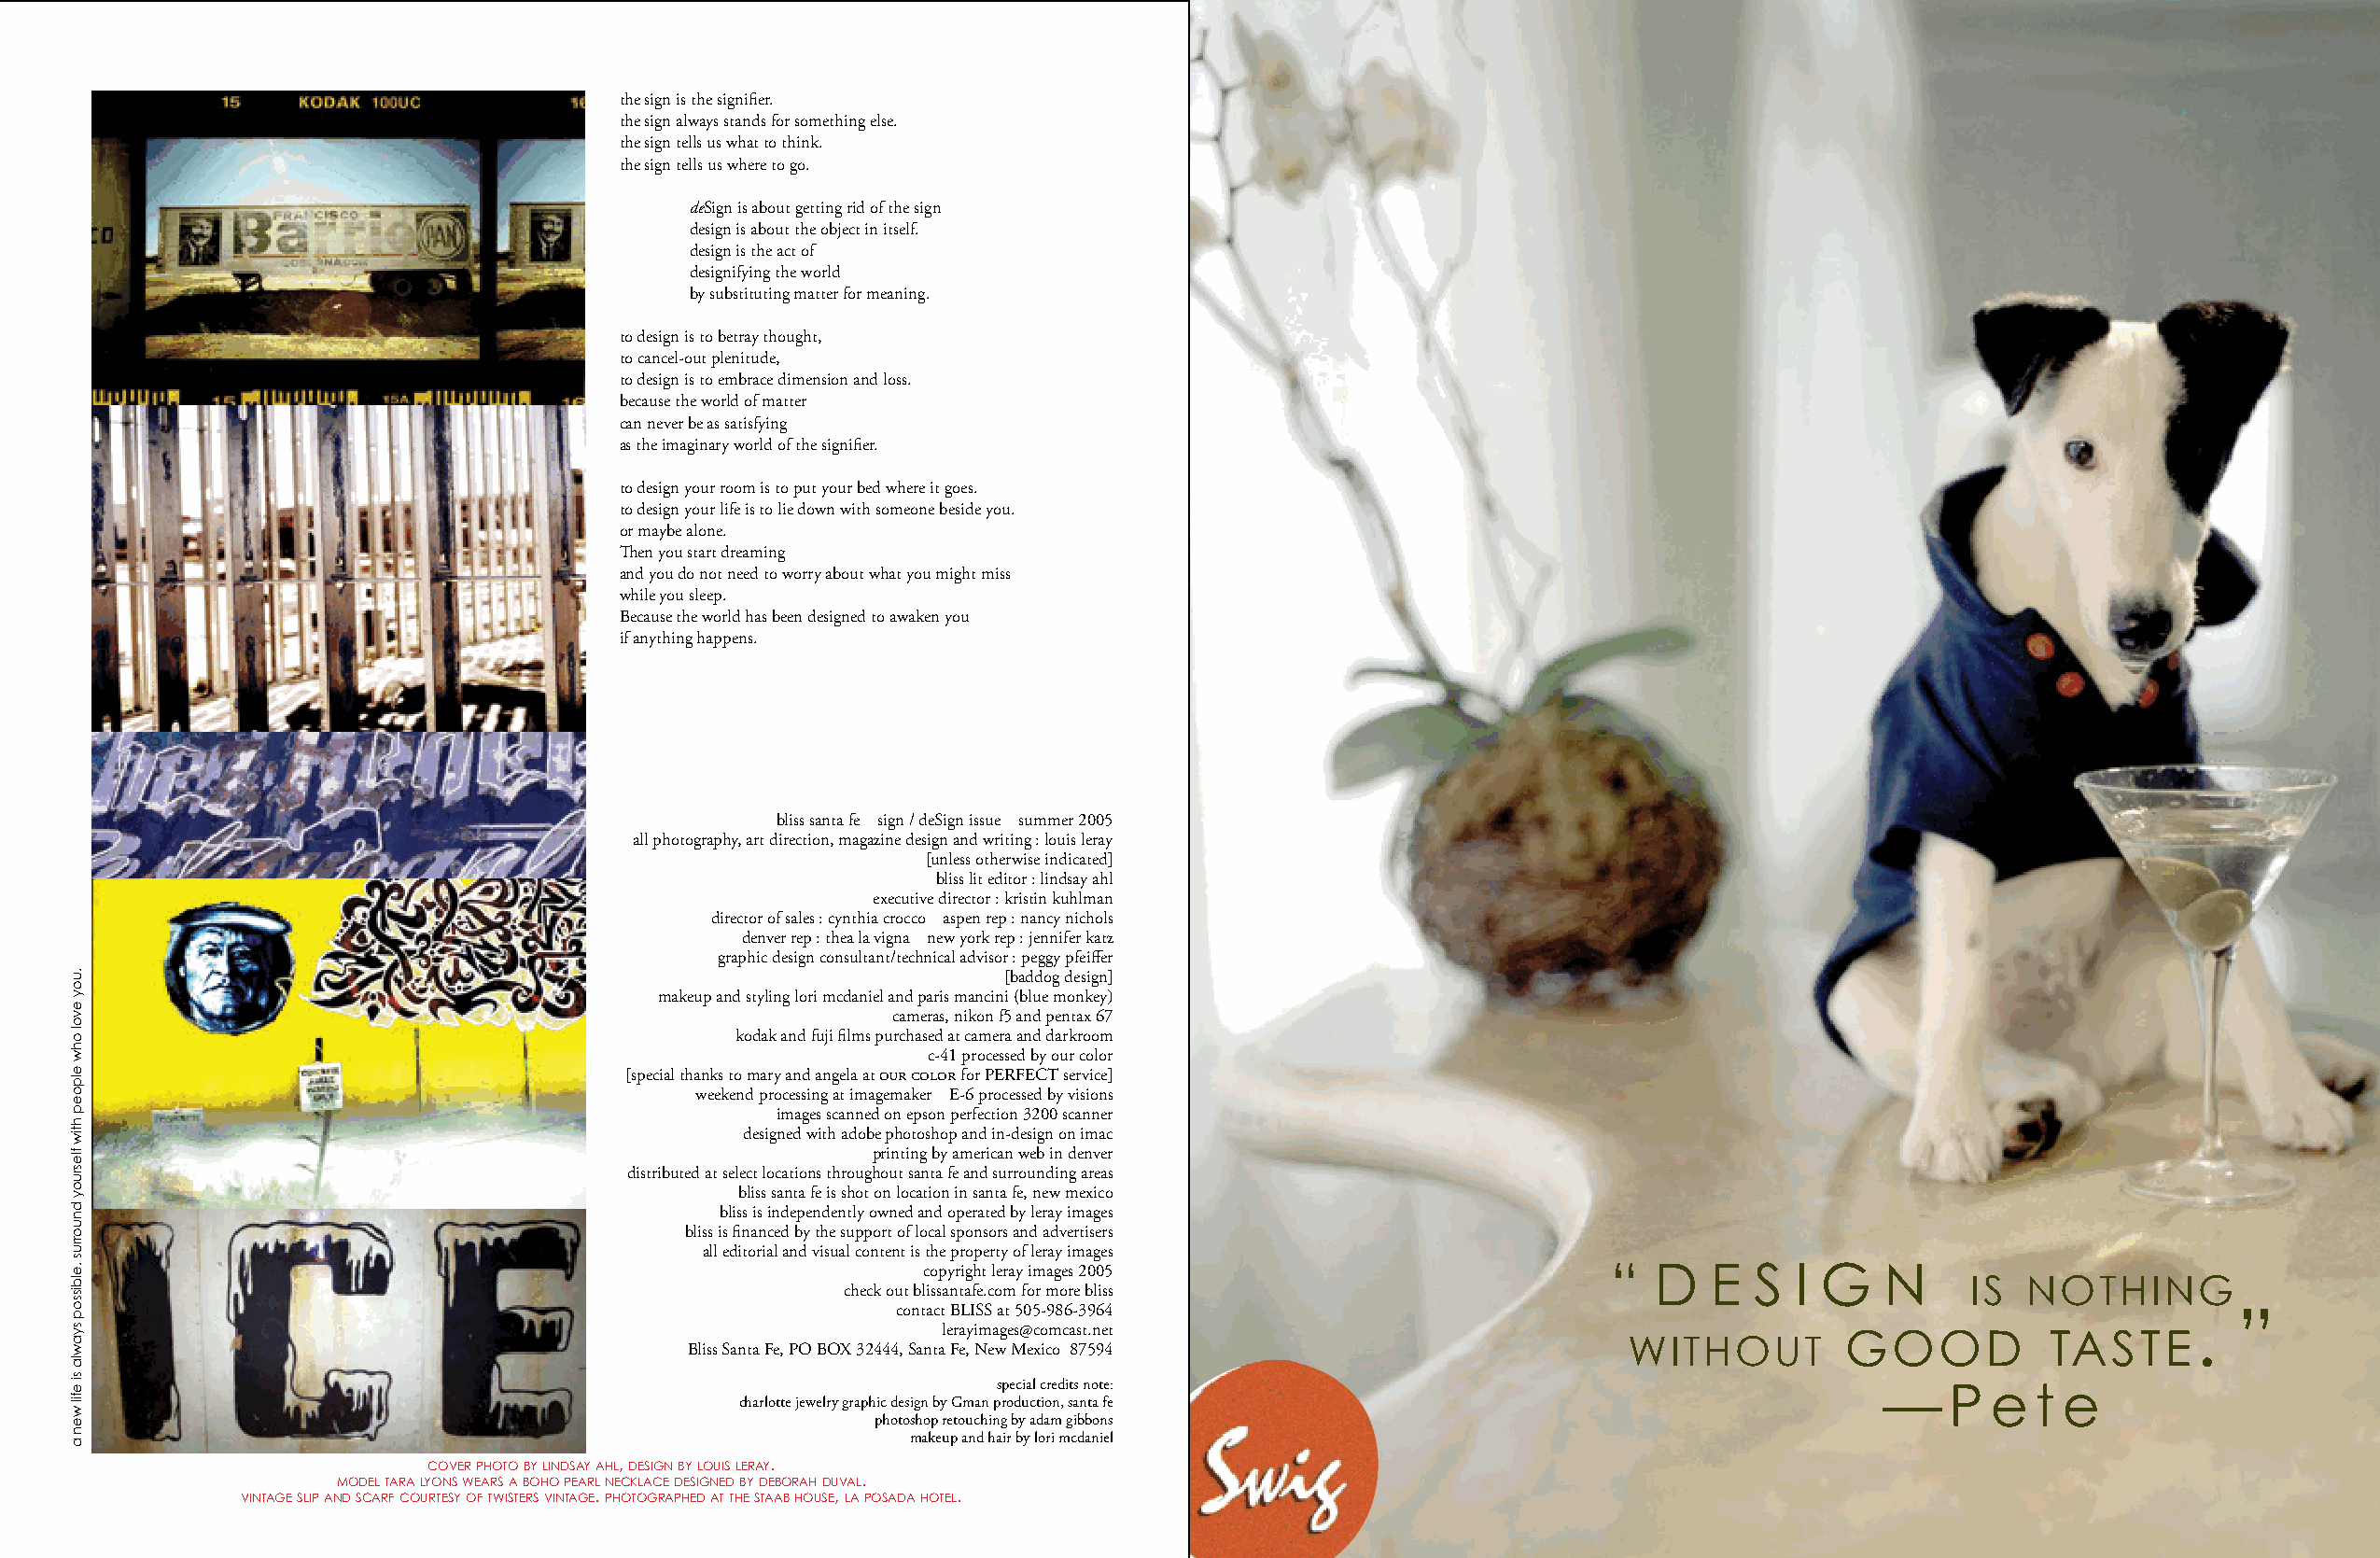
the sign is the signifier.
 the sign always stands for something else.
 the sign tells us what to think.
 the sign tells us where to go.
 deSign is about getting rid of the sign
 design is about the object in itself.
 design is the act of
 designifying the world
 by substituting matter for meaning.
 to design is to betray thought,
 to cancel-out plenitude,
 to design is to embrace dimension and loss.
 because the world of matter
 can never be as satisfying
 as the imaginary world of the signifier.
 to design your room is to put your bed where it goes.
 to design your life is to lie down with someone beside you.
 or maybe alone.
 Then you start dreaming
 and you do not need to worry about what you might miss
 while you sleep.
 Because the world has been designed to awaken you
 if anything happens.
 bliss santa fe sign / deSign issue summer 2005
 all photography, art direction, magazine design and writing : louis leray
 [unless otherwise indicated]
 bliss lit editor : lindsay ahl
 executive director : kristin kuhlman
 director of sales : cynthia crocco aspen rep : nancy nichols
 denver rep : thea la vigna new york rep : jennifer katz
 graphic design consultant/technical advisor : peggy pfeiffer
 [baddog design]
 makeup and styling lori mcdaniel and paris mancini (blue monkey)
 cameras, nikon f5 and pentax 67
 kodak and fuji films purchased at camera and darkroom
 c-41 processed by our color
 [special thanks to mary and angela at our color for PERFECT service]
 weekend processing at imagemaker E-6 processed by visions
 images scanned on epson perfection 3200 scanner
 designed with adobe photoshop and in-design on imac
 printing by american web in denver
 distributed at select locations throughout santa fe and surrounding areas
 bliss santa fe is shot on location in santa fe, new mexico
 bliss is independently owned and operated by leray images
 bliss is financed by the support of local sponsors and advertisers
 all editorial and visual content is the property of leray images
 copyright leray images 2005                      “  D   E  S  I G    N
 IS  NothING
 check out blissantafe.com for more bliss
 contact BLISS at 505-986-3964                                                               .  ”
 lerayimages@comcast.net                                         GooD          taStE
 wIthout
 Bliss Santa Fe, PO BOX 32444, Santa Fe, New Mexico 87594
 special credits note:                                          —   P  e  t e
 charlotte jewelry graphic design by Gman production, santa fe
 photoshop retouching by adam gibbons
 makeup and hair by lori mcdaniel
 covEr photo by lINDSay ahl, DESIGN by louIS lEray.
 moDEl tara lyoNS wEarS a boho pEarl NEcklacE DESIGNED by DEborah Duval.
 vINtaGE SlIp aND Scarf courtESy of twIStErS vINtaGE. photoGraphED at thE Staab houSE, la poSaDa hotEl.
 .uoy
 evol
 ohw
 elpoep
 htiw
 flesruoy
 dnuorrus
 .elbissop
 syawla
 si
 efil
 wen
 a